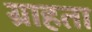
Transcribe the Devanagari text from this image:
ग्राहता